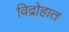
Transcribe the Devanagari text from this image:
विद्रोहात